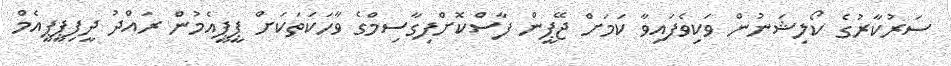
ސަރުކާރުގެ ކޯލިޝަނުން ވަކިވެފައިވާ ކަމަށް ޖޭޕީން ފާސްކޮށްފިގާސިމްގެ ވާހަކަތަކަށް ޕީޕީއެމުން ރައްދު ދީފިޕީޕީއެމް